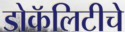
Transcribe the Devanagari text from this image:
डोकॅलिटीचे